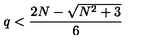
q < { \frac { 2 N - \sqrt { N ^ { 2 } + 3 } } { 6 } }